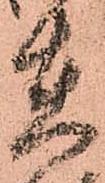
在